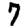
Digit: 7